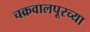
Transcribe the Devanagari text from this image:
चक्रवालपूरच्या